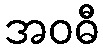
အဝဓီ